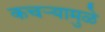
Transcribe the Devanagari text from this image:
कचऱ्यामुळे